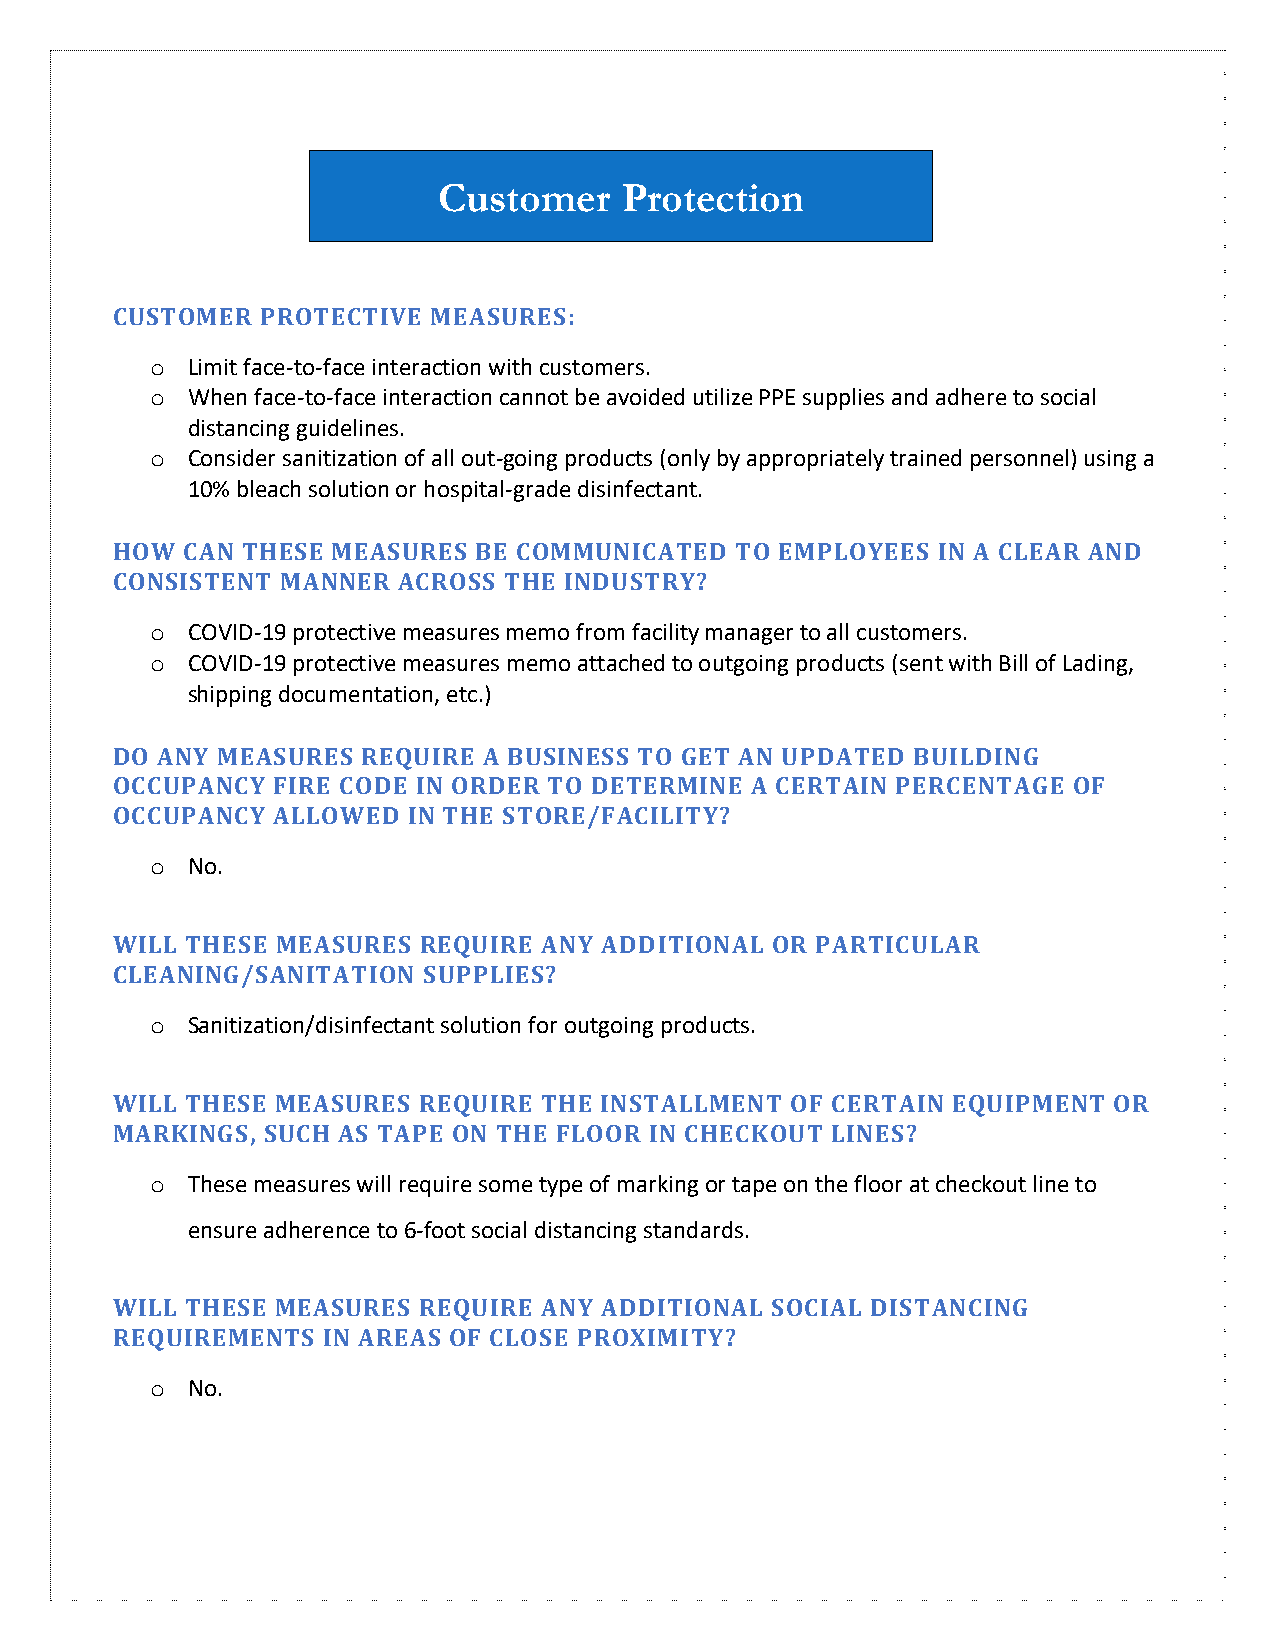
Customer    Protection
 CUSTOMER  PROTECTIVE  MEASURES:
 o Limit face-to-face interaction with customers.
 o When face-to-face interaction cannot be avoided utilize PPE supplies and adhere to social
 distancing guidelines.
 o Consider sanitization of all out-going products (only by appropriately trained personnel) using a
 10% bleach solution or hospital-grade disinfectant.
 HOW  CAN THESE MEASURES  BE COMMUNICATED  TO EMPLOYEES IN A CLEAR AND
 CONSISTENT  MANNER ACROSS THE INDUSTRY?
 o COVID-19 protective measures memo from facility manager to all customers.
 o COVID-19 protective measures memo attached to outgoing products (sent with Bill of Lading,
 shipping documentation, etc.)
 DO ANY MEASURES  REQUIRE A BUSINESS TO GET AN UPDATED BUILDING
 OCCUPANCY  FIRE CODE IN ORDER TO DETERMINE A CERTAIN PERCENTAGE OF
 OCCUPANCY  ALLOWED  IN THE STORE/FACILITY?
 o No.
 WILL THESE MEASURES  REQUIRE ANY ADDITIONAL OR PARTICULAR
 CLEANING/SANITATION  SUPPLIES?
 o Sanitization/disinfectant solution for outgoing products.
 WILL THESE MEASURES  REQUIRE THE INSTALLMENT OF CERTAIN EQUIPMENT  OR
 MARKINGS,  SUCH AS TAPE ON THE FLOOR IN CHECKOUT LINES?
 o These measures will require some type of marking or tape on the floor at checkout line to
 ensure adherence to 6-foot social distancing standards.
 WILL THESE MEASURES  REQUIRE ANY ADDITIONAL SOCIAL DISTANCING
 REQUIREMENTS  IN AREAS OF CLOSE PROXIMITY?
 o No.